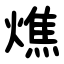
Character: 燋